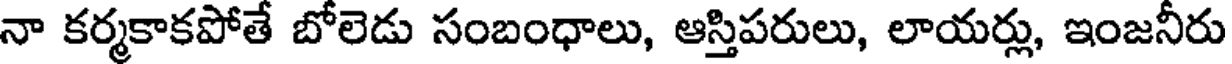
నా కర్మకాకపోతే బోలెడు సంబంధాలు, ఆస్తిపరులు, లాయర్లు, ఇంజనీరు